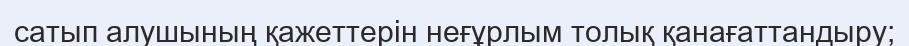
сатып алушының қажеттерін неғұрлым толық қанағаттандыру;